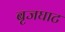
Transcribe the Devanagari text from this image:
बृजघाट